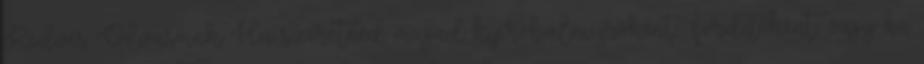
Kedves Olvasóink Ha szeretnéd magad kipróbálni íróként fordítóként, vagy ha